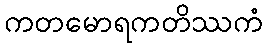
ကတမောရကတိဿကံ